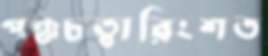
পঞ্চচত্বারিংশত